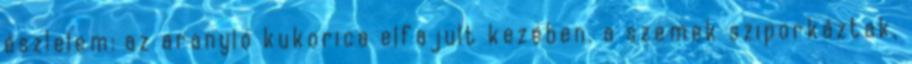
észlelem: az aranyló kukorica elfajult kezében. a szemek sziporkáztak,